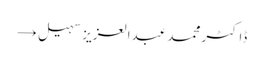
ڈاکٹر محمد عبدالعزیز سہیل →